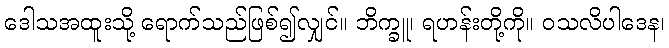
ဒေါသအထူးသို့ ရောက်သည်ဖြစ်၍လျှင်။ ဘိက္ခူ၊ ရဟန်းတို့ကို။ ဝသလိပါဒေန၊